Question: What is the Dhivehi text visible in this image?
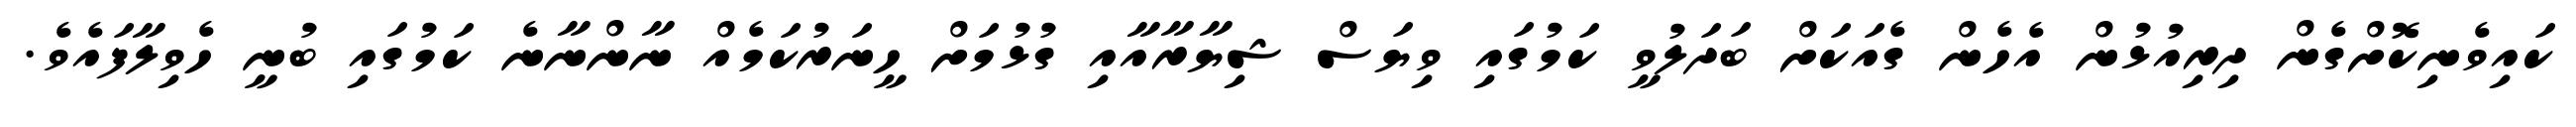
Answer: ކައިވެނިކޮށްގެން ދިރިއުޅުން އެހެން ގެއަކަށް ބަދަލުވީ ކަމުގައި ވިޔަސް ޝިޔާރާއާއި ގުޅުމަށް ހީނަރުކަމެއް ނާންނާނެ ކަމުގައި ބުނީ ހެވިލާފައެވެ.